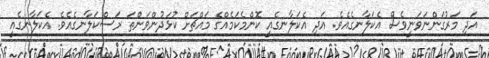
އަދި މަރުގަންނަވަނީވެސް އެކަލާނގެއެވެ. އަދި އެކަލާނގެއީ ކޮންމެކަމެއްގެ މައްޗަށް ކުޅަދުންވަންތަ ރަސްކަލާނގެއެވެ. އެކަލާނގެއީ